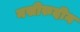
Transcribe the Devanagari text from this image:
नसीरुदीन